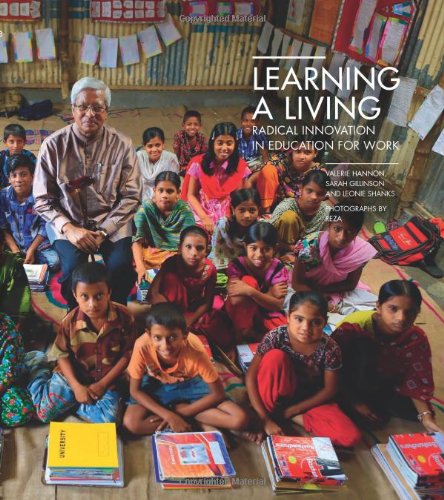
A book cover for Learning a Living: Radical Innovation in Education for Work; Valerie Hannon; Education & Teaching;